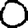
Digit: 0